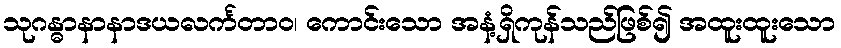
သုဂန္ဓာနာနာဒယလင်္ကတာဝ၊ ကောင်းသော အနံ့ရှိကုန်သည်ဖြစ်၍ အထူးထူးသော